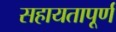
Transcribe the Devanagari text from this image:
सहायतापूर्ण